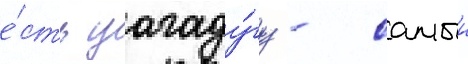
е́сть уагаду́гу - самыи